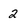
Character: 2